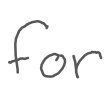
Text: for
Cross-out: clean
Writing tool: digital_gray